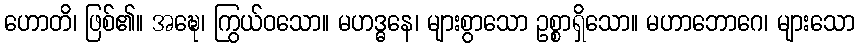
ဟောတိ၊ ဖြစ်၏။ အဍ္ဎေ၊ ကြွယ်ဝသော။ မဟဒ္ဓနေ၊ များစွာသော ဥစ္စာရှိသော။ မဟာဘောဂေ၊ များသော